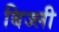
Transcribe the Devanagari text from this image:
बिज्ली